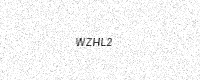
Text: WZHL2